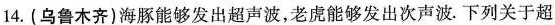
14.（乌鲁木齐）海豚能够发出超声波，老虎能够发出次声波。下列关于超